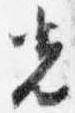
光